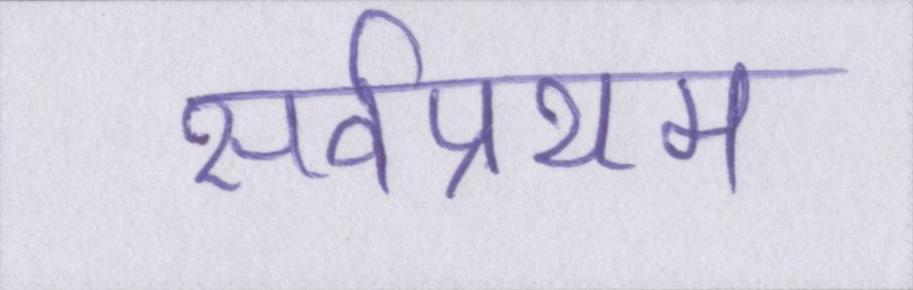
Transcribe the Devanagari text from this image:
सर्वप्रथम